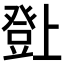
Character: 𤼸